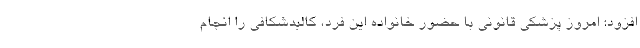
افزود: امروز پزشکی قانونی با حضور خانواده این فرد، کالبدشکافی را انجام